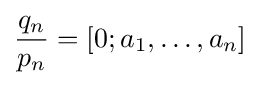
{\frac {q_{n}}{p_{n}}}=[0;a_{1},\dots ,a_{n}]